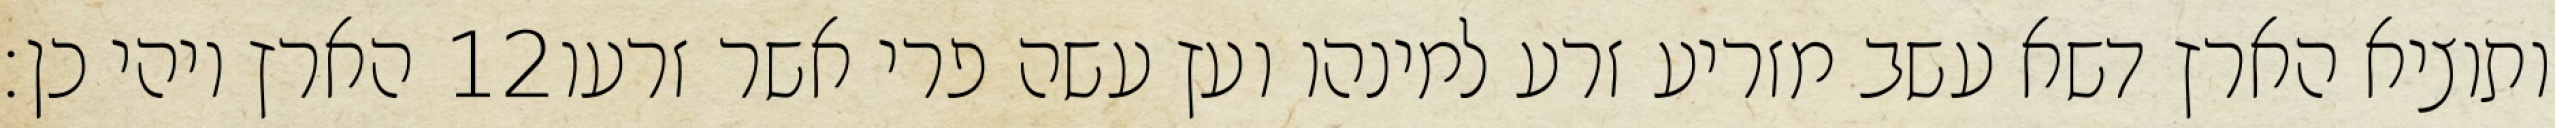
הארץ ויהי כן׃ ‎12‏ ותוציא הארץ דשא עשב מזריע זרע למינהו ועץ עשה פרי אשר זרעו